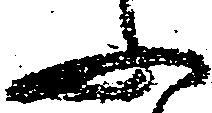
ふ